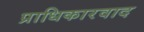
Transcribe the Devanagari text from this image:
प्राधिकारवाद